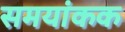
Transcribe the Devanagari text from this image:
समयांकक